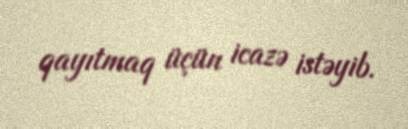
qayıtmaq üçün icazə istəyib.